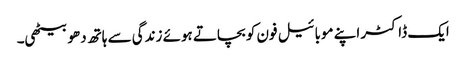
ایک ڈاکٹر اپنے موبائیل فون کو بچاتے ہوئے زندگی سے ہاتھ دھو بیٹھی۔